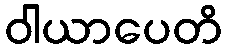
ဝါယာပေတိ